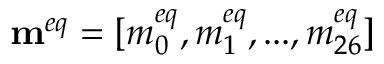
{ { \bf { m } } ^ { e q } } = [ m _ { 0 } ^ { e q } , m _ { 1 } ^ { e q } , . . . , m _ { 2 6 } ^ { e q } ]